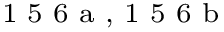
^ \textrm { \scriptsize 1 5 6 a , 1 5 6 b }